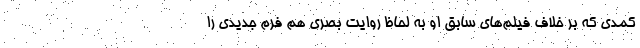
کمدی که بر خلاف فیلم‌های سابق او به لحاظ روایت بصری هم فرم جدیدی را